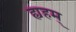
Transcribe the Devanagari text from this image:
ह्यहम्